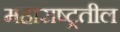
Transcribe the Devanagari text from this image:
महाराष्ट्रतील